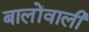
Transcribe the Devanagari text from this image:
बालोंवाली